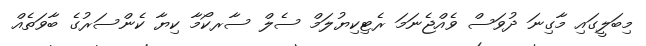
މިބަލީގައި މާގިނަ ދުވަސް ވެއްޖެނަމަ ރެޓިކިޔުލަމް ސެލް ސާރކޯމާ ކިޔާ ކެންސަރުގެ ބާވަތެއް